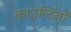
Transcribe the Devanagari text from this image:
काउन्टियों